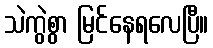
သဲကွဲစွာ မြင်နေရလေပြီ။